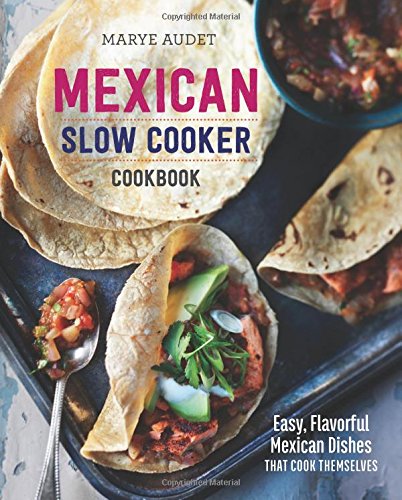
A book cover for Mexican Slow Cooker Cookbook:: Easy, Flavorful Mexican Dishes That Cook Themselves; Marye Audet; Cookbooks, Food & Wine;